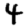
Digit: 4